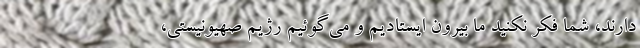
دارند، شما فکر نکنید ما بیرون ایستادیم و می‌گوئیم رژیم صهیونیستی،